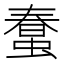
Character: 𧎌